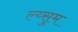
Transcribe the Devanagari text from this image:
ल्य्सुम